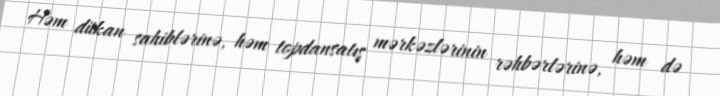
Həm dükan sahiblərinə, həm topdansatış mərkəzlərinin rəhbərlərinə, həm də